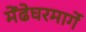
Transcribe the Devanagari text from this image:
मेंढेघरमार्गे